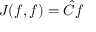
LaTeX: J ( f , f ) = { \hat { C } } f